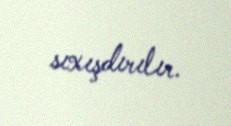
sıxışdırılır.